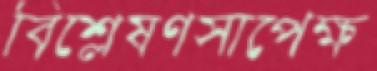
বিশ্লেষণসাপেক্ষ